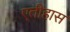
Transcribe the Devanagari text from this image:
एतीहास